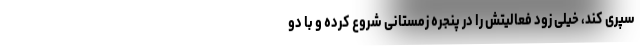
سپری کند، خیلی زود فعالیتش را در پنجره زمستانی شروع کرده و با دو